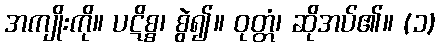
အကျိုးကို။ ပဋိစ္စ၊ စွဲ၍။ ဝုတ္တံ၊ ဆိုအပ်၏။ (၁)